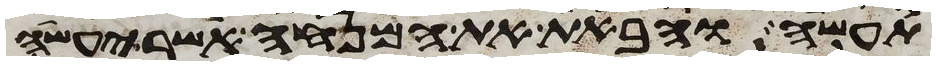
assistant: תעשה והבאת את המנחה אשר יעשה